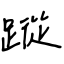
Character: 蹤